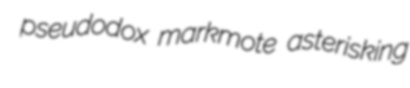
pseudodox markmote asterisking